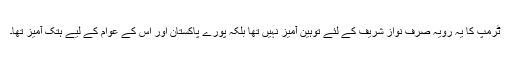
ٹرمپ کا یہ رویہ صرف نواز شریف کے لئے توہین آمیز نہیں تھا بلکہ پورے پاکستان اور اس کے عوام کے لیے ہتک آمیز تھا۔